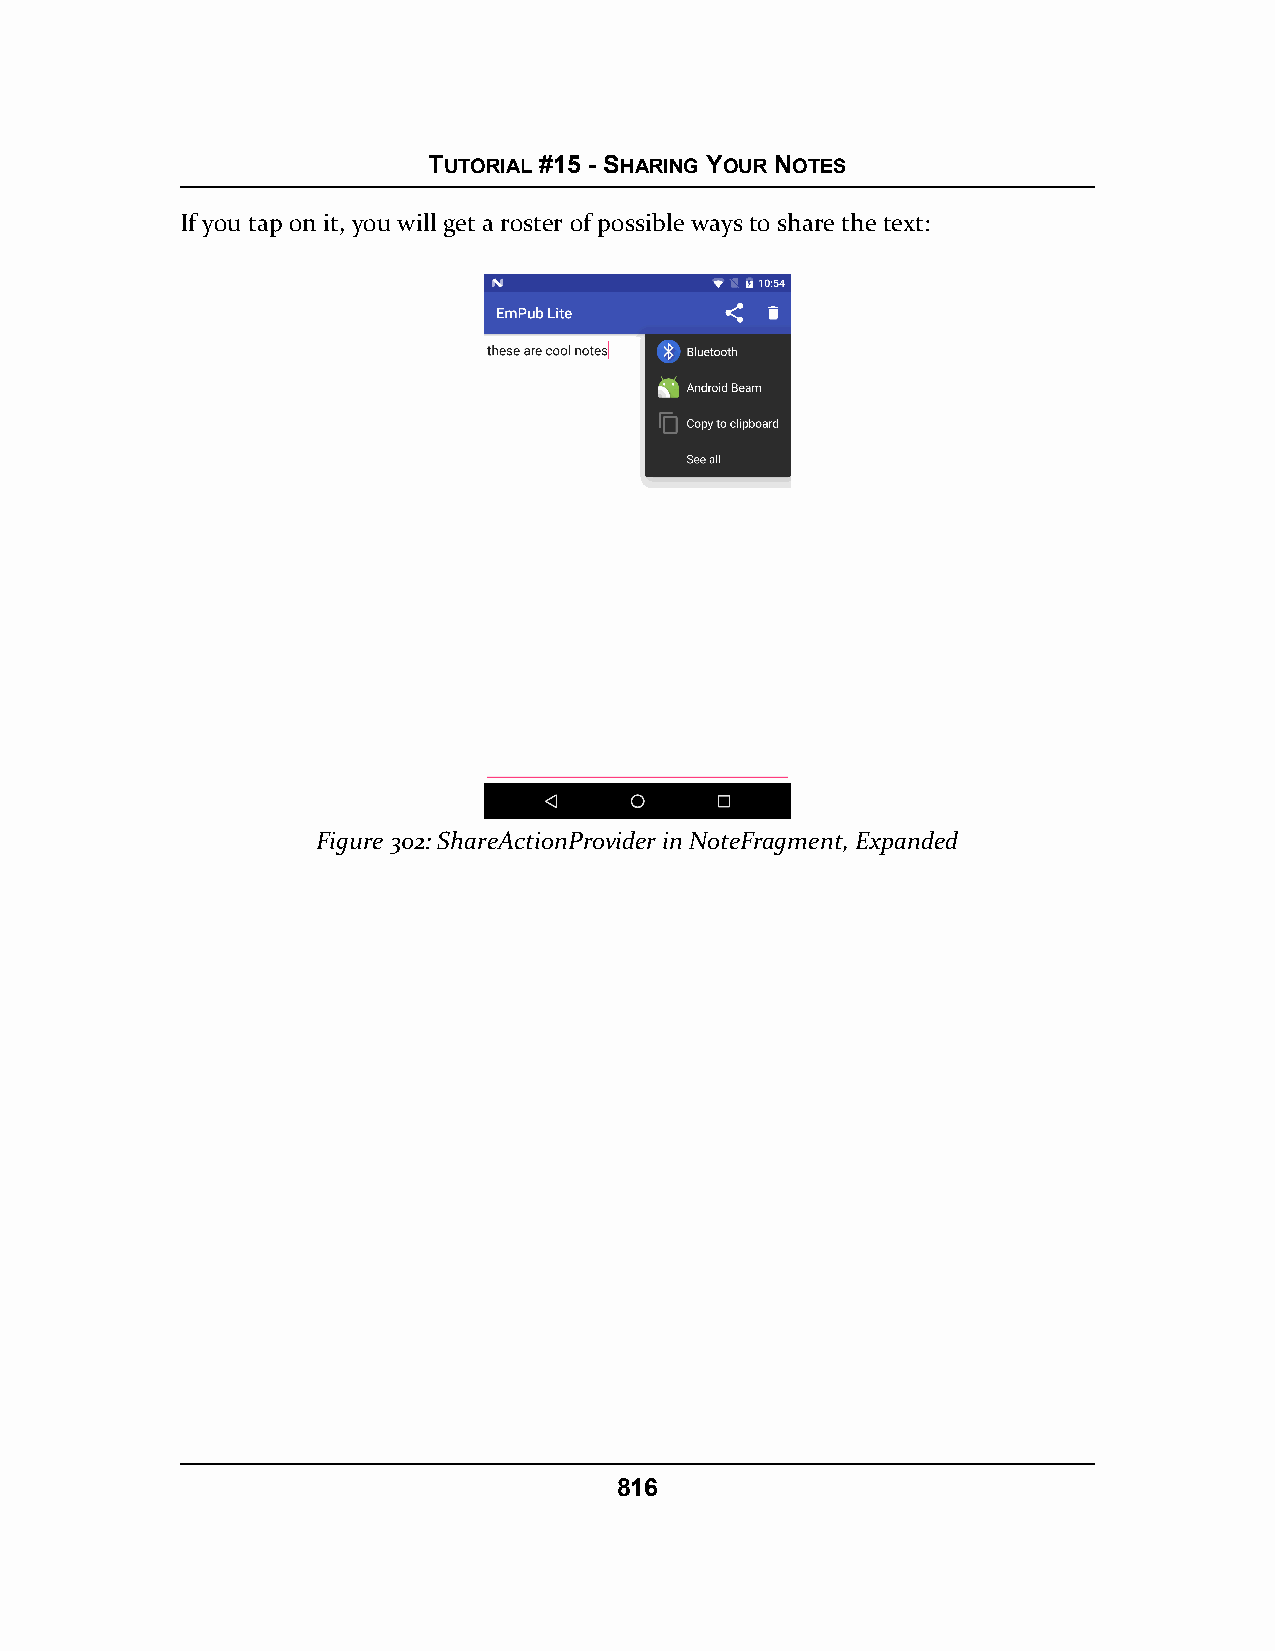
TUTORIAL #15 - SHARING YOUR NOTES
 If you tap on it, you will get a roster of possible ways to share the text:
 Figure 302: ShareActionProvider in NoteFragment, Expanded
 816